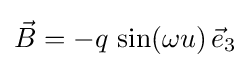
{\vec {B}}=-q\,\sin(\omega u)\,{\vec {e}}_{3}